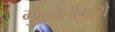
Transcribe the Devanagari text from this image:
गुळवेलीमध्ये